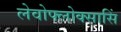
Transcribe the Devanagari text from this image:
लेवोफ्लोक्सासिं